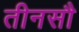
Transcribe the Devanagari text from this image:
तीनसौ